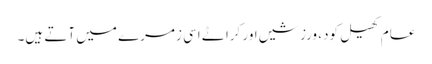
عام کھیل کود، ورزشیں اور کراٹے اسی زمرے میں آتے ہیں۔